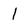
Character: l